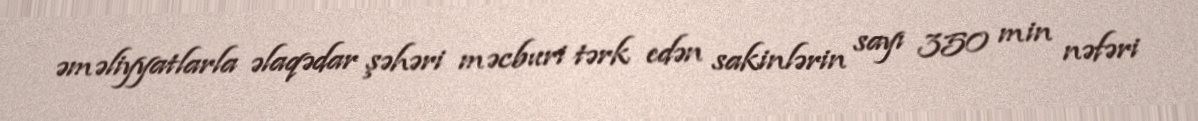
əməliyyatlarla əlaqədar şəhəri məcburi tərk edən sakinlərin sayı 350 min nəfəri